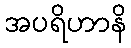
အပရိဟာနိ